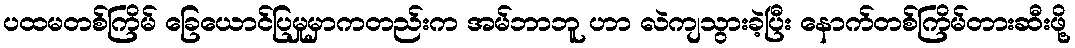
ပထမတစ်ကြိမ် ခြေယောင်ပြမှုမှာကတည်းက အမ်ဘာဘူ ဟာ လဲကျသွားခဲ့ပြီး နောက်တစ်ကြိမ်တားဆီးဖို့